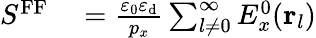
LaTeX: \begin{array}{rl}{S^{\mathrm{FF}}}&{{}=\frac{\varepsilon_{0}\varepsilon_{\mathrm{d}}}{p_{x}}\sum_{l\neq 0}^{\infty}E_{x}^{0}({\mathbf r}_{l})}\end{array}